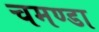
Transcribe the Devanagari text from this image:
चमण्डा